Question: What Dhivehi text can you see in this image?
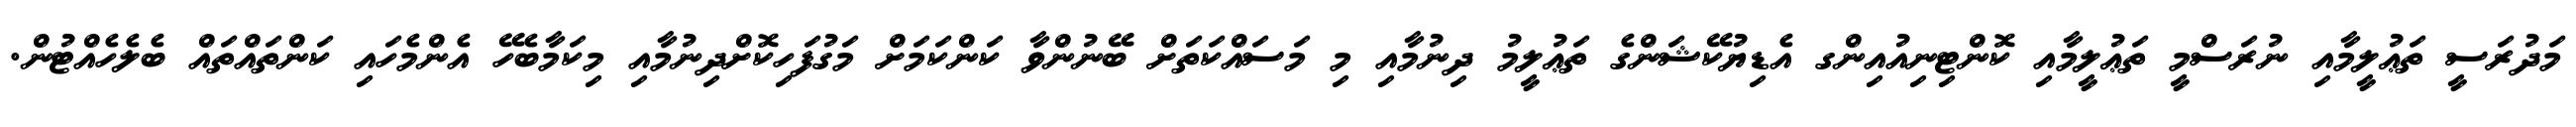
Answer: މަދުރަސީ ތަޢުލީމާއި ނުރަސްމީ ތަޢުލީމާއި ކޮންޓިނިއުއިންގ އެޑިޔުކޭޝަންގެ ތަޢުލީމު ދިނުމާއި މި މަސައްކަތަށް ބޭނުންވާ ކަންކަމަށް މަގުފަހިކޮށްދިނުމާއި މިކަމާބެހޭ އެންމެހައި ކަންތައްތައް ބެލެހެއްޓުން.